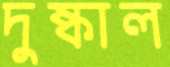
দুষ্কাল